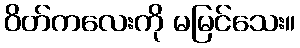
ဝိတ်ကလေးကို မမြင်သေး။